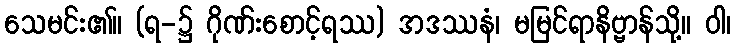
သေမင်း၏။ (ရ-၌ ဂိုဏ်းစောင့်ရဿ) အဒဿနံ၊ မမြင်ရာနိဗ္ဗာန်သို့။ ဝါ၊